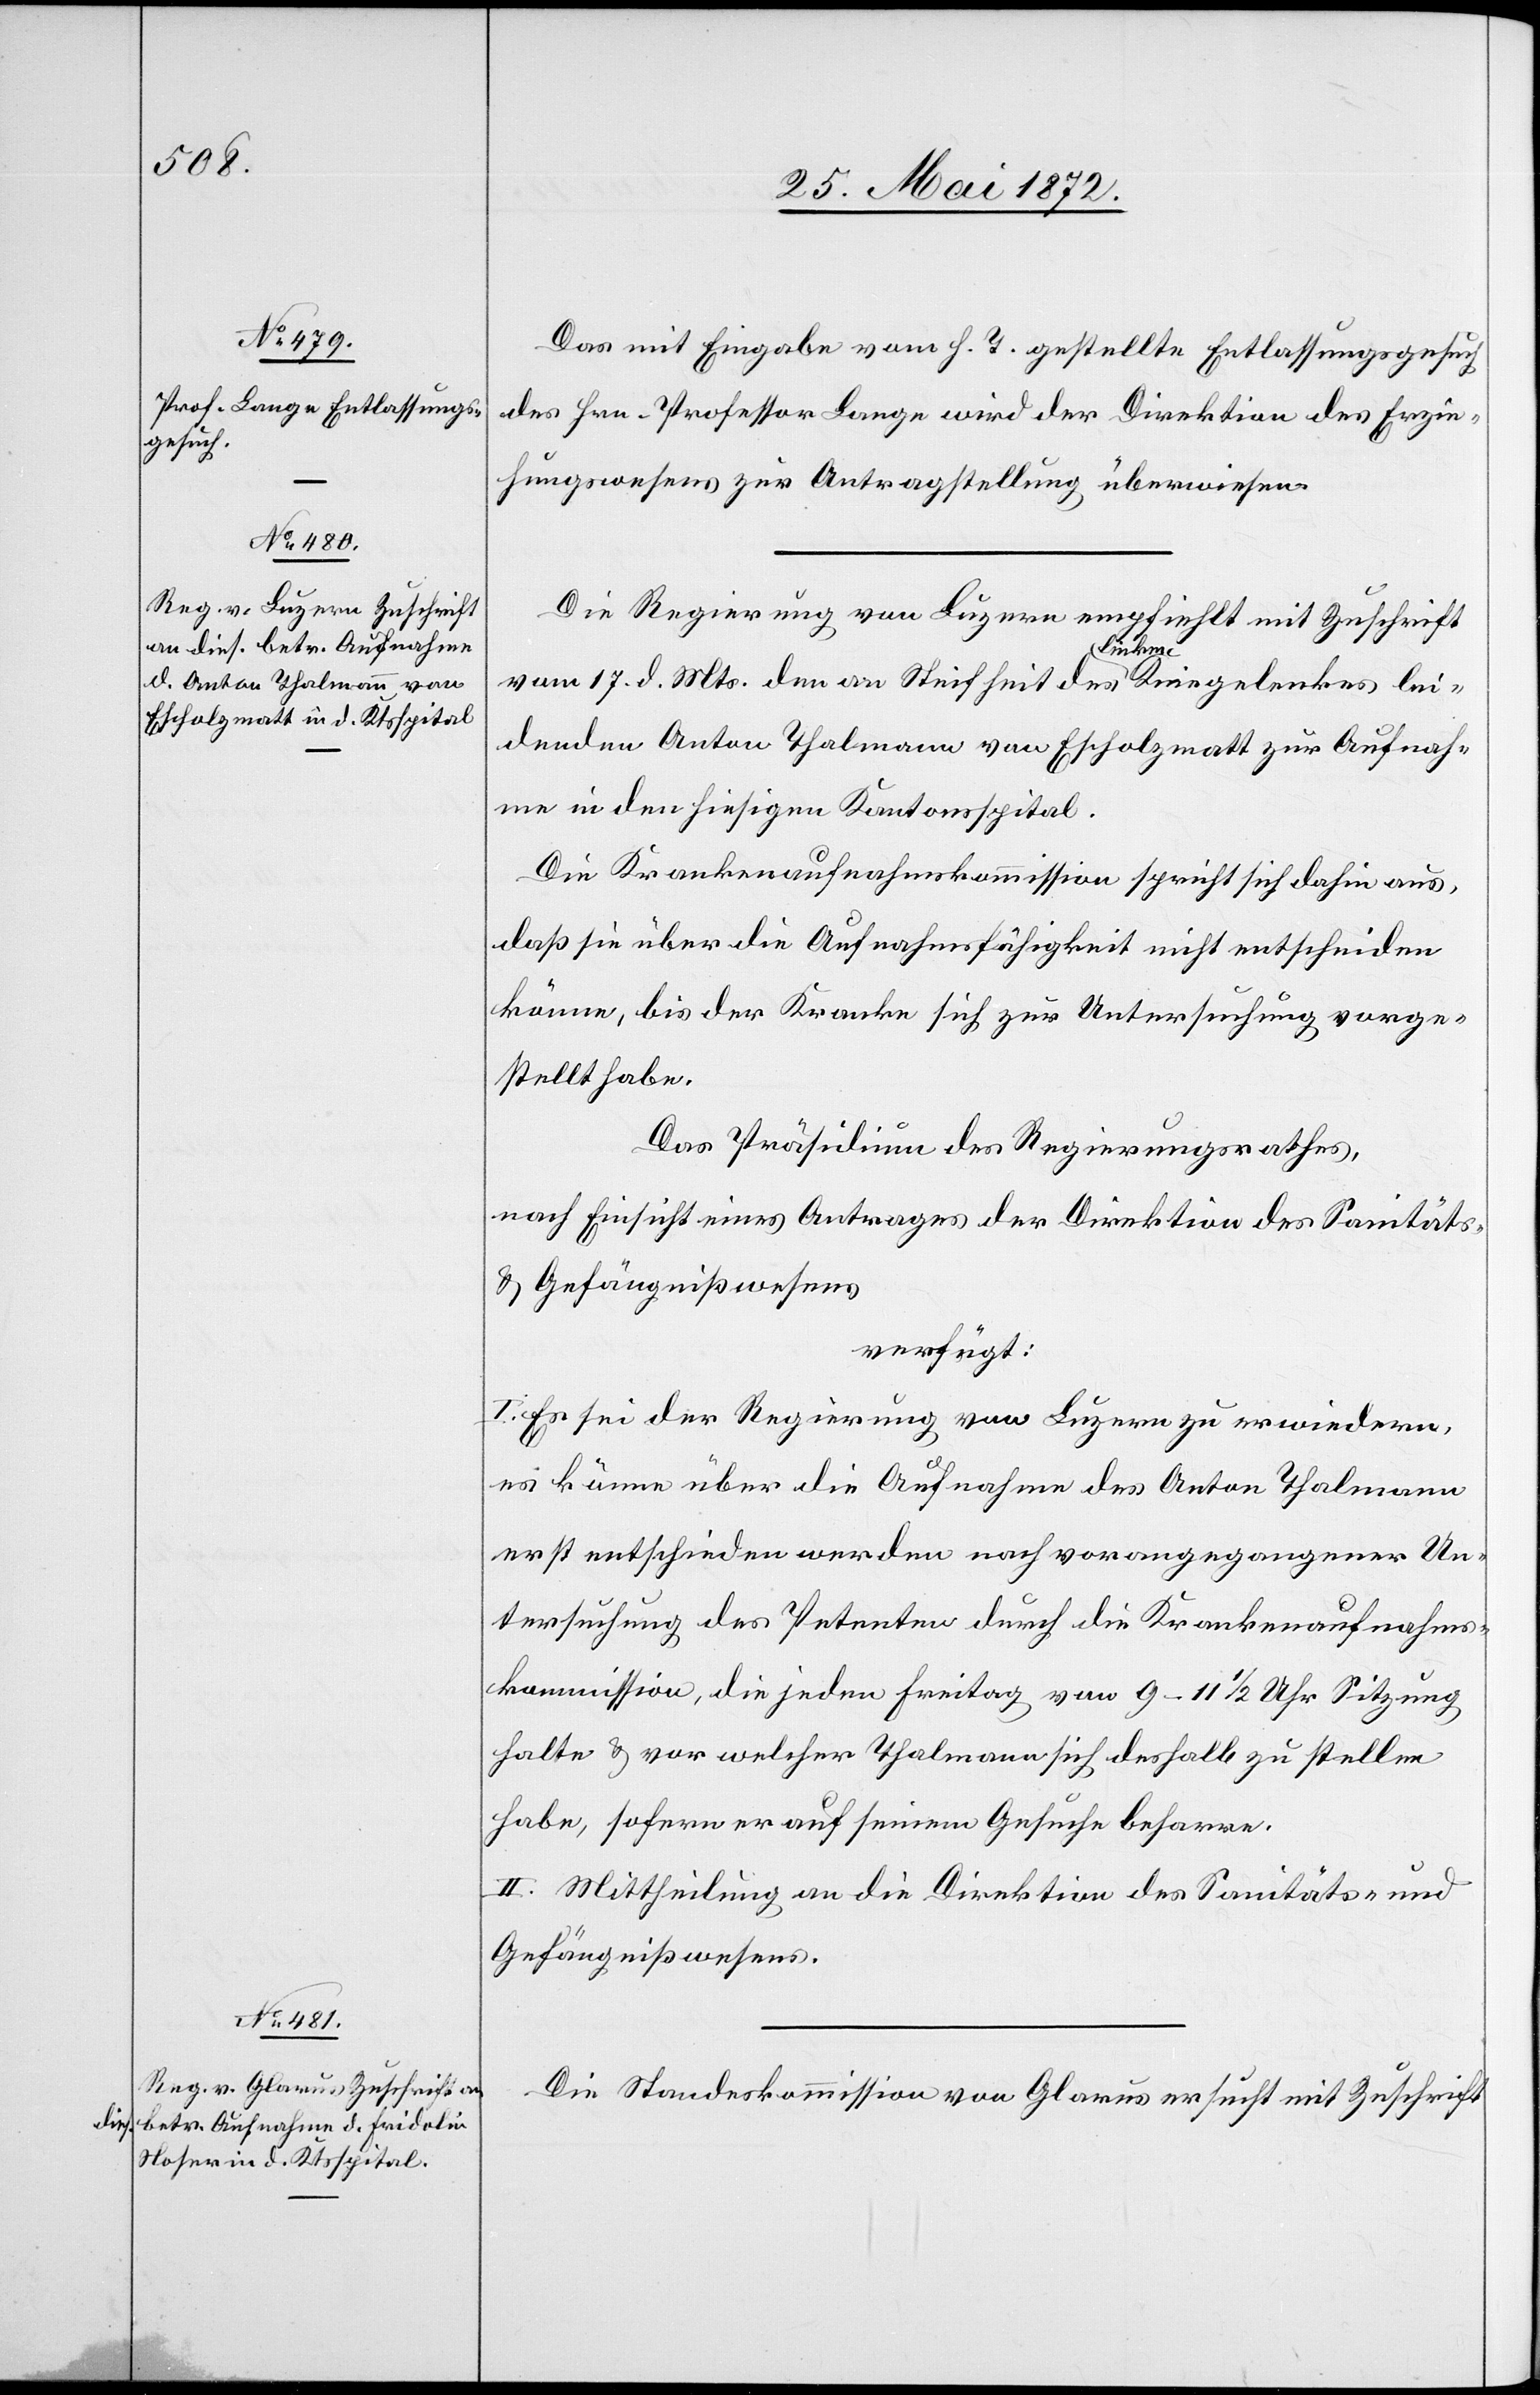
28. Mai 1872.]
Das mit Eingabe vom h. T. gestellte Entlassungsgesuch
des Hrn. Professor Lange wird der Direktion des Erzie¬
hungswesens zur Antragstellung überwiesen.
Die Regierung von Luzern empfiehlt mit Zuschrift
vom 17. d. Mts. den an Steifheit des linken Kniegelenkes lei¬
denden Anton Thalmann von Escholzmatt zur Aufnah¬
me in den hiesigen Kantonsspital.
Die Krankenaufnahmskommission spricht sich dahin aus,
daß sie über die Aufnahmsfähigkeit nicht entscheiden
könne, bis der Kranke sich zur Untersuchung vorge¬
stellt habe.
Das Präsidium des Regierungsrathes,
nach Einsicht eines Antrages der Direktion des Sanitäts-
u. Gefängnißwesens
verfügt:
I. Es sei der Regierung von Luzern zu erwiedern,
es könne über die Aufnahme des Anton Thalmann
erst entschieden werden nach vorangegangener Un¬
tersuchung des Petenten durch die Krankenaufnahms¬
kommission, die jeden Freitag von 9–11 1/2 Sitzung
halte u. vor welcher Thalmann sich deshalb zu stellen
habe, sofern er auf seinem Gesuche beharre.
II. Mittheilung an die Direktion des Sanitäts- und
Gefängnißwesens.
Die Standeskommission von Glarus ersucht mit Zuschrift